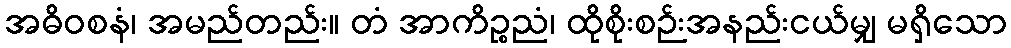
အဓိဝစနံ၊ အမည်တည်း။ တံ အာကိဉ္စညံ၊ ထိုစိုးစဉ်းအနည်းငယ်မျှ မရှိသော